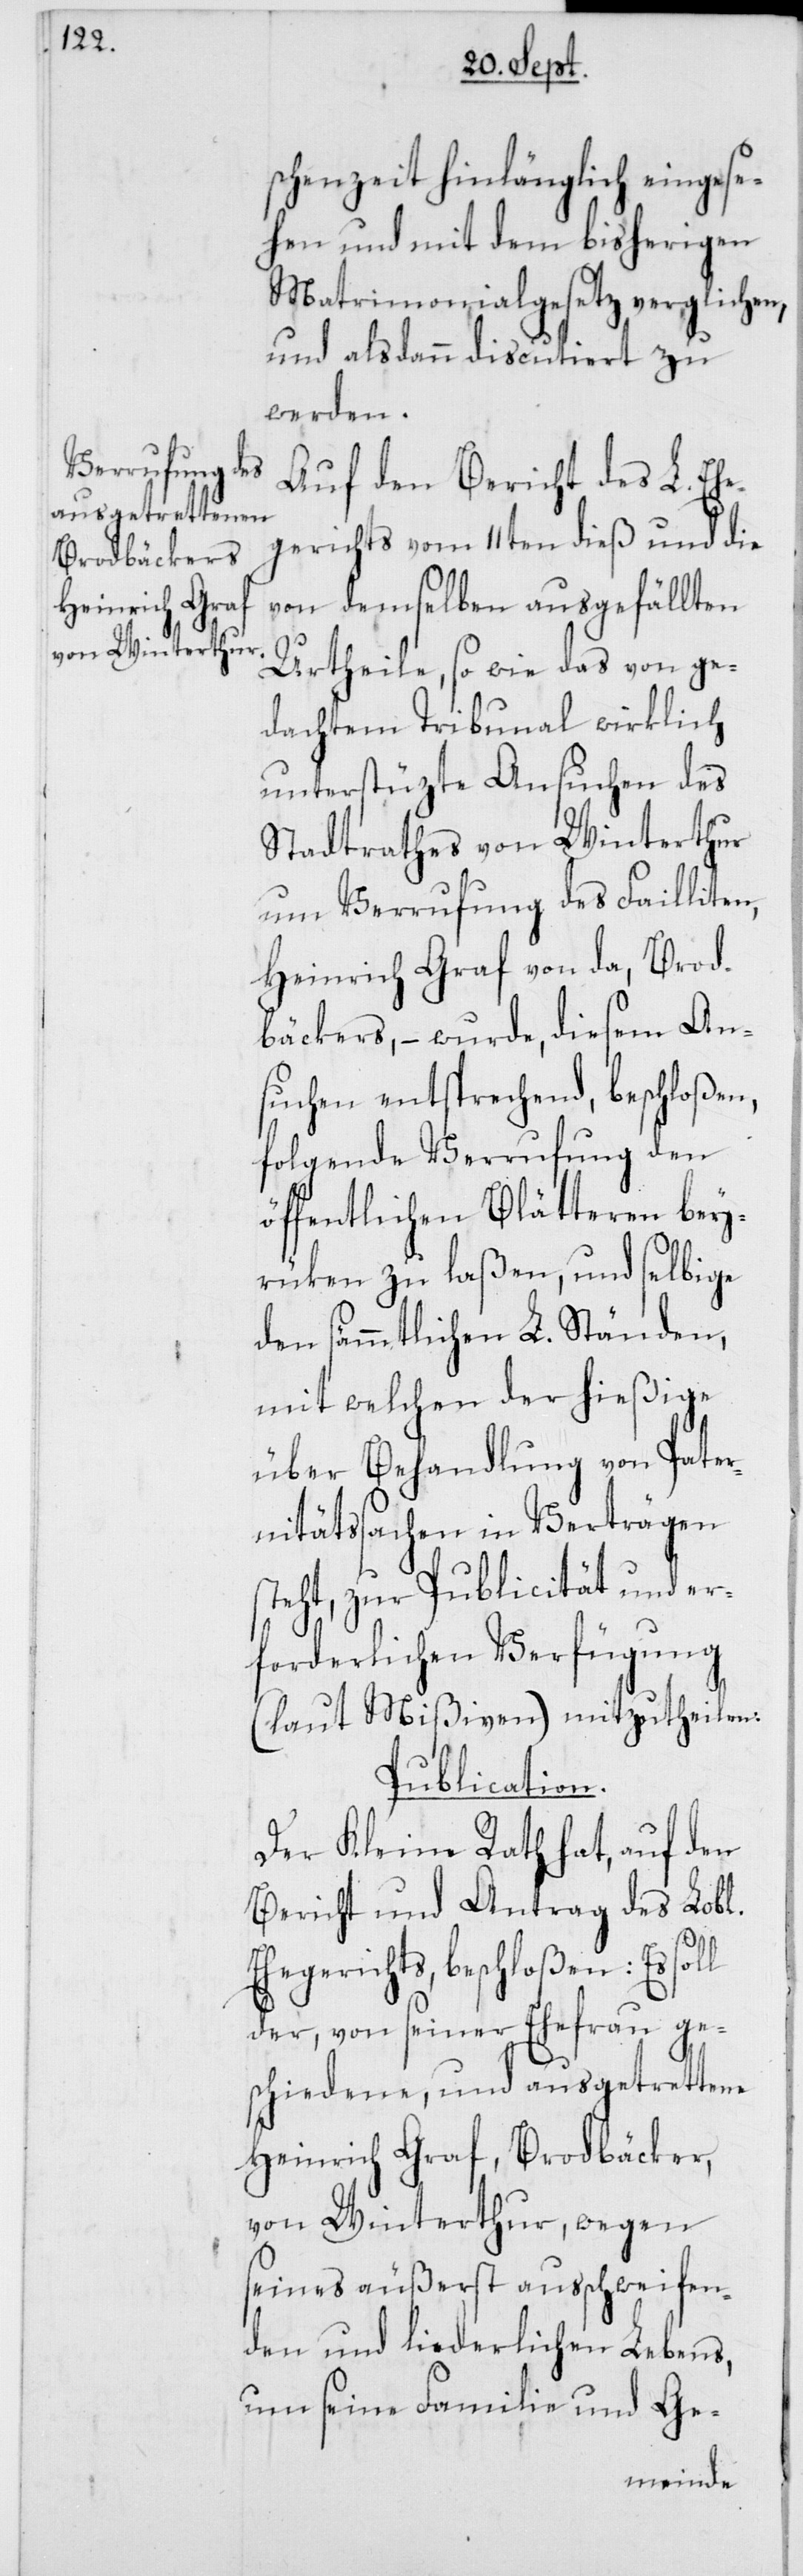
schenzeit hinlänglich eingese¬
hen und mit dem bisherigen
Matrimonialgesetz verglichen,
und alsdann discutiert zu
werden.
Auf den Bericht des L. Ehe¬
gerichts vom 11ten dieß und die
von demselben ausgefällten
Urtheile, so wie das von ge¬
dachtem Tribunal wirklich
unterstüzte Ansuchen des
Stadtrathes von Winterthur
um Verrufung des Failliten,
Heinrich Graf von da, Brod¬
bäckers, – wurde, diesem An¬
suchen entsprechend, beschloßen,
folgende Verrufung den
öffentlichen Blätteren bey¬
rüken zu laßen, und selbige
den sämmtlichen L. Ständen,
mit welchen der hießige
über Behandlung von Pater¬
nitätssachen in Verträgen
steht, zur Publicität und er¬
forderlichen Verfügung
(laut Mißiven) mitzutheilen.
Publication.
Der Kleine Rath hat, auf den
Bericht und Antrag des Lobl.
Ehegerichts, beschloßen: Es soll
der, von seiner Ehefrau ge¬
schiedene und ausgetrettene
Heinrich Graf, Brodbäcker,
von Winterthur, wegen
seines äußerst ausschweifen¬
den und liederlichen Lebens,
um seine Familie und Ge-